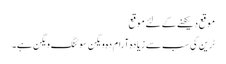
موقع دیکھنے کے لئے موقع
ٹرین کی سب سے زیادہ آرام دہ ویگن سوئنگ ویگن ہے۔